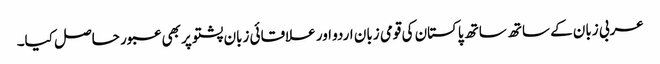
عربی زبان کے ساتھ ساتھ پاکستان کی قومی زبان اردو اور علاقائی زبان پشتو پر بھی عبور حاصل کیا۔